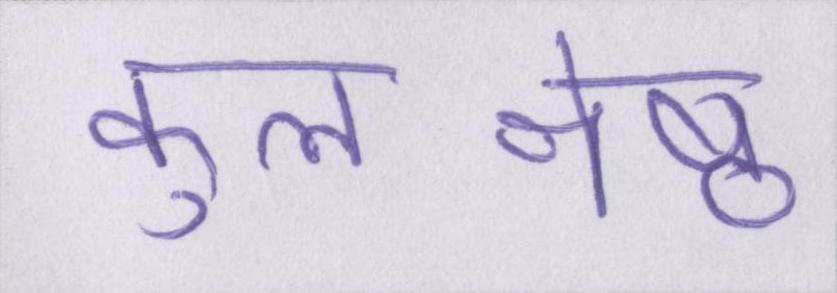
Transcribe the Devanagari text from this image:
कुलश्रेष्ठ